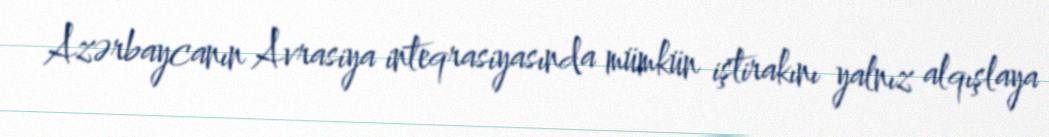
Azərbaycanın Avrasiya inteqrasiyasında mümkün iştirakını yalnız alqışlaya